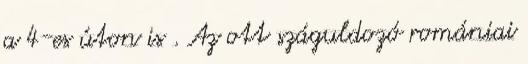
a 4-es úton is . Az ott száguldozó romániai